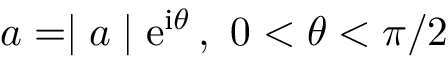
a = \mid a \mid \mathrm { e } ^ { \mathrm { i } \theta } \, , \, \, 0 < \theta < \pi / 2